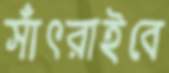
সাঁৎরাইবে